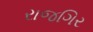
રાજગિર